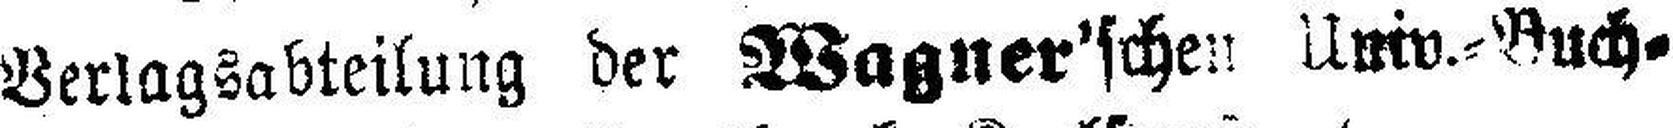
Verlagsabteilung der Wagner'schen Univ.=Buch¬